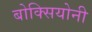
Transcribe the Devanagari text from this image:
बोक्सियोनी